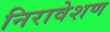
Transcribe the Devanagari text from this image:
निरावेशण